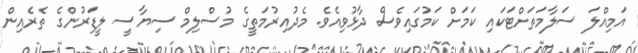
އަމިއްލަ ސަލާމަތަށްޓަކައި ކަމަށް ކަމުގައިވެސް ދާޅުވިއެވެ. މެދުއިރުމަތީގެ މުސްލިމް ސިޔާސީ ލީޑަރުންގެ ތެރެއިން